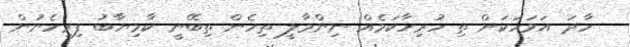
ހާދަ އަވަހަކަށް ތި ހުރިހާކަމެއް ނިންމާލީ ތިހެން ތިބޭނީ ކާމިޔާބު ފިރިހެނުން